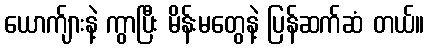
ယောက်ျားနဲ့ ကွာပြီး မိန်းမတွေနဲ့ ပြန်ဆက်ဆံ တယ်။